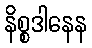
နိစ္စဒါနေန